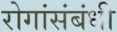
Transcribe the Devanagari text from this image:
रोगांसंबंधी